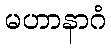
မဟာနာဂံ